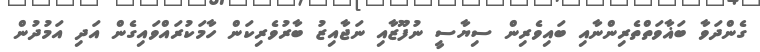
ގެންދަވާ ބަޣާވަތްތެރިންނާއި ބައިވެރިން ސިޔާސީ ނުފޫޒާއި ނަޖާއިޒު ބާރުވެރިކަން ހާމަކުރައްވައިގެން އަދި އަމުދުން